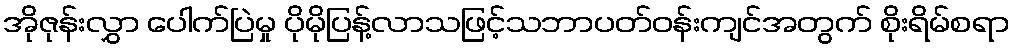
အိုဇုန်းလွှာ ပေါက်ပြဲမှု ပိုမိုပြန့်လာသဖြင့်သဘာပတ်ဝန်းကျင်အတွက် စိုးရိမ်စရာ